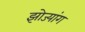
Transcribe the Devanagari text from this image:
झोज्यांग